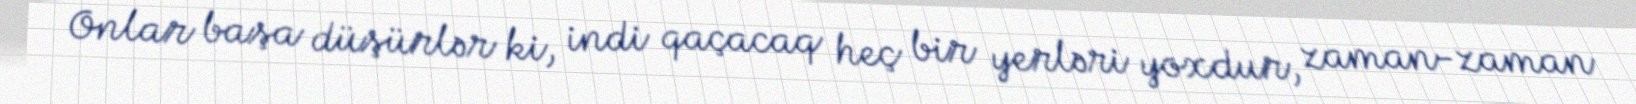
Onlar başa düşürlər ki, indi qaçacaq heç bir yerləri yoxdur, zaman-zaman